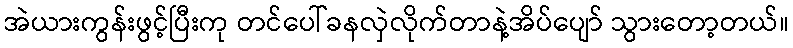
အဲယားကွန်းဖွင့်ပြီးကု တင်ပေါ်ခနလှဲလိုက်တာနဲ့အိပ်ပျော် သွားတော့တယ်။